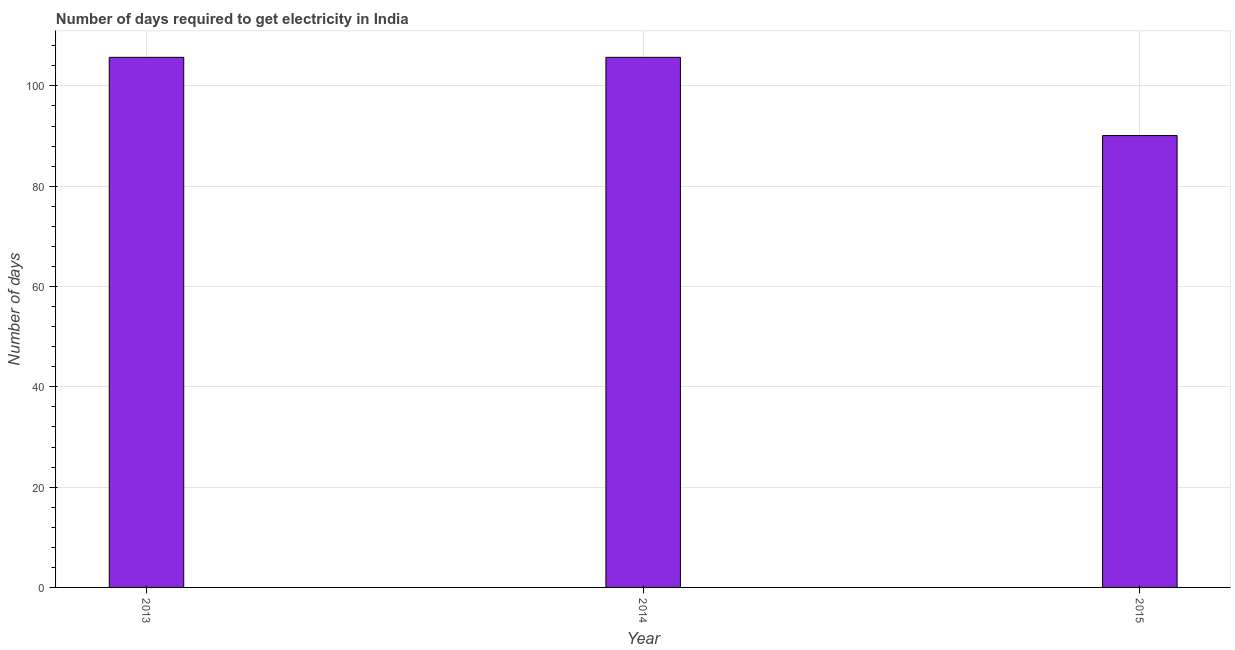
| Year | Time to get electricity |
 | --- | --- |
 | 2013 | 106 |
 | 2014 | 106 |
 | 2015 | 90.1 |